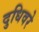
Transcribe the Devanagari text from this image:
दुधिवरे